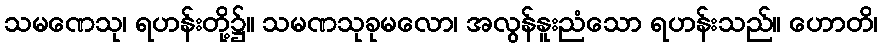
သမဏေသု၊ ရဟန်းတို့၌။ သမဏသုခုမလော၊ အလွန်နူးညံသော ရဟန်းသည်။ ဟောတိ၊